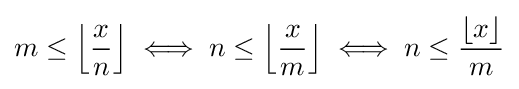
m\leq \left\lfloor {\frac {x}{n}}\right\rfloor \iff n\leq \left\lfloor {\frac {x}{m}}\right\rfloor \iff n\leq {\frac {\lfloor x\rfloor }{m}}